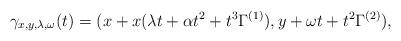
LaTeX: \begin{align*}\gamma_{x,y,\lambda,\omega}(t) = (x+x(\lambda t + \alpha t^2+t^3\Gamma^{(1)}),y+\omega t+t^2 \Gamma^{(2)}),\end{align*}